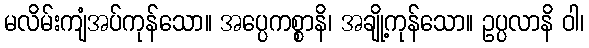
မလိမ်းကျံအပ်ကုန်သော။ အပ္ပေကစ္စာနိ၊ အချို့ကုန်သော။ ဥပ္ပလာနိ ဝါ၊